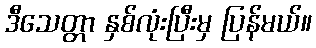
ဒီသေတ္တာ နှစ်လုံးပြီးမှ ပြန်မယ်။